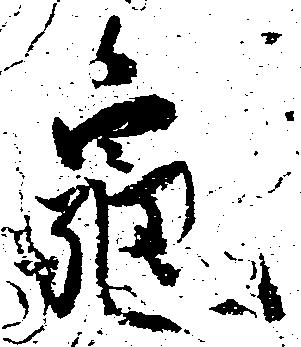
亀